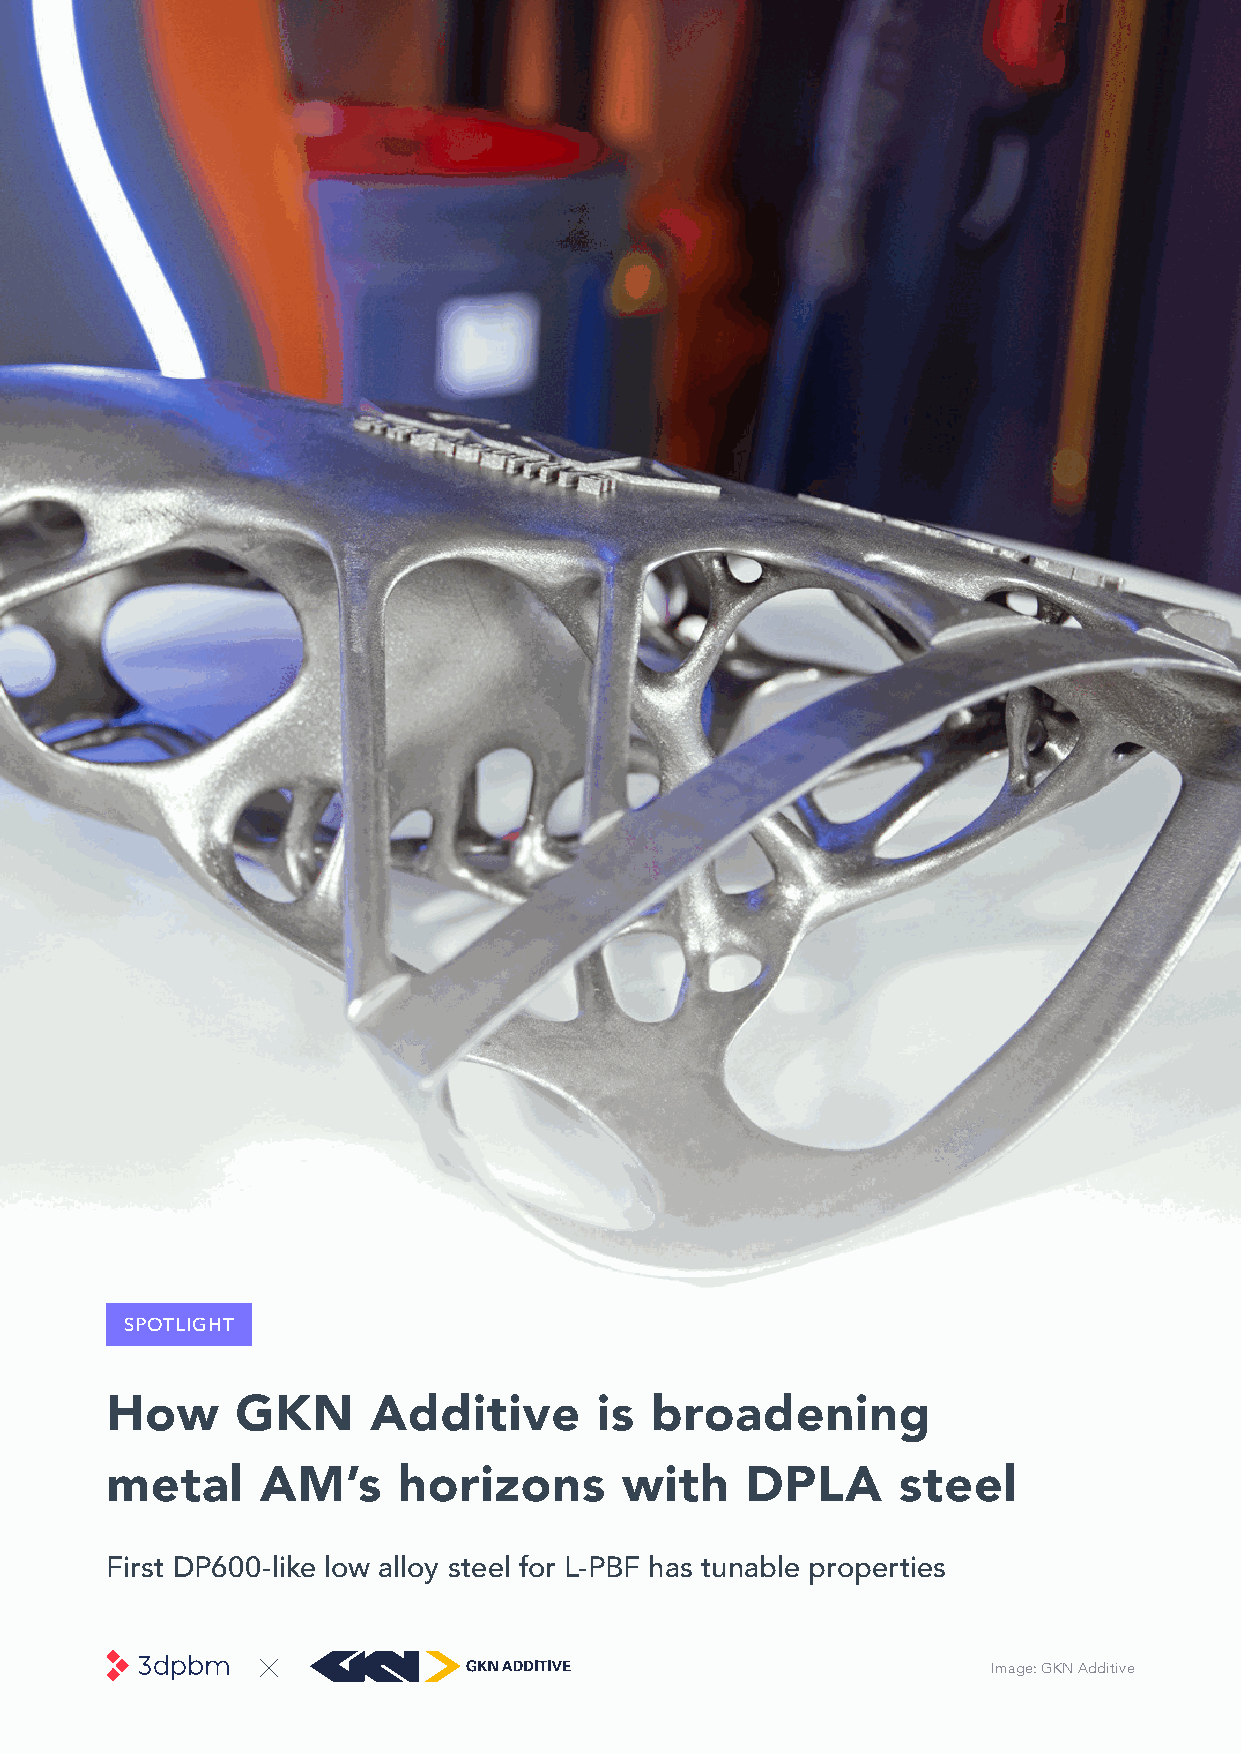
SPOTLIGHT
 How      GKN     Additive       is  broadening
 metal     AM’s     horizons       with    DPLA      steel
 First DP600-like low alloy steel for L-PBF has tunable properties
 Image: GKN Additive